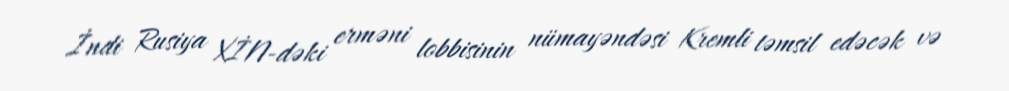
İndi Rusiya XİN-dəki erməni lobbisinin nümayəndəsi Kremli təmsil edəcək və